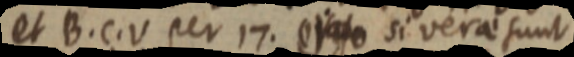
et B. C. V per 17. _ si vera sunt